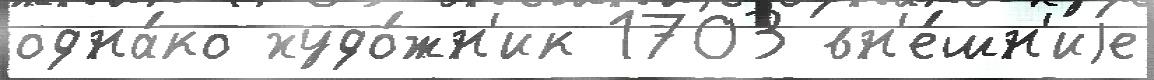
одна́ко худо́жн'ик 1703 вн'е́шн'иjе